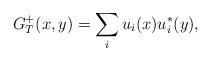
LaTeX: \begin{align*}G_{T}^{+}(x,y)=\sum_iu_i(x)u^*_i(y),\end{align*}